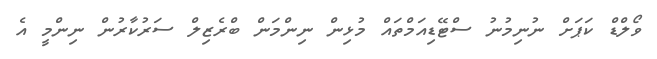
ވޯލްޑް ކަޕަށް ނުނިމުނު ސްޓޭޑިއަމްތައް މުޅިން ނިންމަން ބްރެޒިލް ސަރުކާރުން ނިންމީ އެ